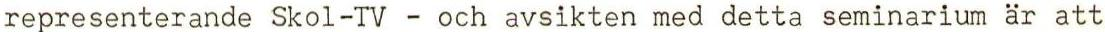
representerande Skol-TV - och avsikten med detta seminarium är att